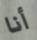
أنا